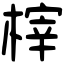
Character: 榟